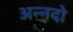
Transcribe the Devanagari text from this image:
अन्नदो